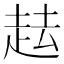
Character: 𧺷